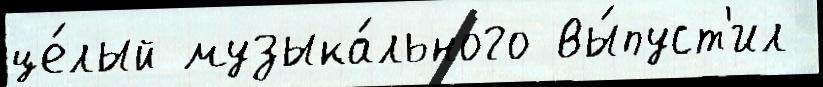
це́лый музыка́льного вы́пуст'ил